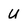
Character: U